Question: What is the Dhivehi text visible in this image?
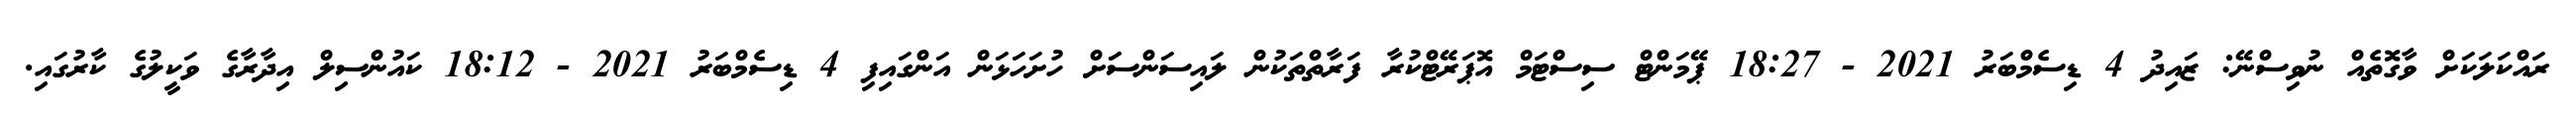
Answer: ރައްކަލަކަށް ވާގޮތެއް ނުވިސްނޭ: ޒައިދު 4 ޑިސެމްބަރު 2021 - 18:27 ޕޭމަންޓް ސިސްޓަމް އޮޕަރޭޓްކުރާ ފަރާތްތަކުން ލައިސަންސަަށް ހުށަހަޅަން އަންގައިފި 4 ޑިސެމްބަރު 2021 - 18:12 ކައުންސިލް އިދާރާގެ ވަކީލުގެ ކާރުގައި.